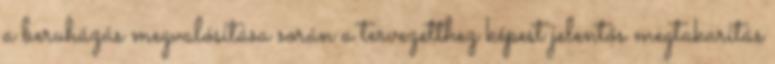
a beruházás megvalósítása során a tervezetthez képest jelentős megtakarítás